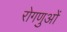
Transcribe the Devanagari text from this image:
रोगणुओं